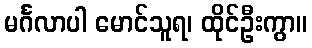
မင်္ဂလာပါ မောင်သူရ၊ ထိုင်ဦးကွာ။